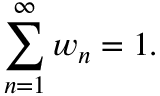
\sum _ { n = 1 } ^ { \infty } w _ { n } = 1 .